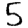
Digit: 5